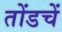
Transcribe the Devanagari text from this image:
तोंडचें